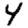
Digit: 4